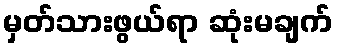
မှတ်သားဖွယ်ရာ ဆုံးမချက်